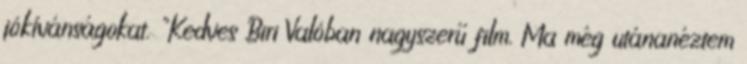
jókívánságokat. "Kedves Biri Valóban nagyszerű film. Ma még utánanéztem